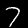
Digit: 7